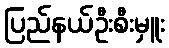
ပြည်နယ်ဦးစီးမှူး